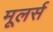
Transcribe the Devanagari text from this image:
मूलर्स